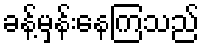
ခန့်မှန်းနေကြသည်